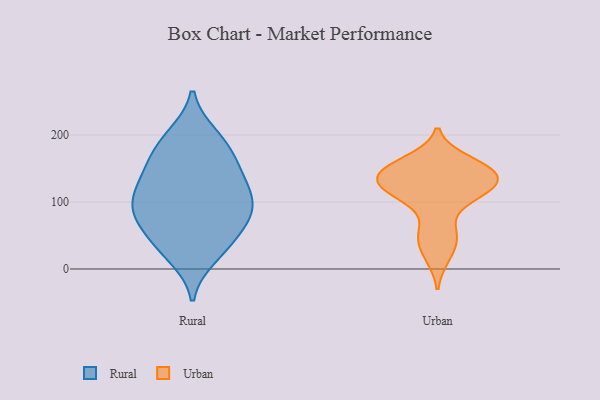
{"axis": {"x": "Website Visitors", "y": "Value"}, "legend": ["Rural", "Urban"], "data": [{"x": "", "y": 95, "type": "Rural"}, {"x": "", "y": 122, "type": "Rural"}, {"x": "", "y": 34, "type": "Rural"}, {"x": "", "y": 196, "type": "Rural"}, {"x": "", "y": 106, "type": "Rural"}, {"x": "", "y": 19, "type": "Rural"}, {"x": "", "y": 57, "type": "Rural"}, {"x": "", "y": 178, "type": "Rural"}, {"x": "", "y": 165, "type": "Rural"}, {"x": "", "y": 73, "type": "Rural"}, {"x": "", "y": 199, "type": "Rural"}, {"x": "", "y": 80, "type": "Rural"}, {"x": "", "y": 144, "type": "Rural"}, {"x": "", "y": 94, "type": "Rural"}, {"x": "", "y": 124, "type": "Rural"}, {"x": "", "y": 148, "type": "Rural"}, {"x": "", "y": 83, "type": "Rural"}, {"x": "", "y": 32, "type": "Rural"}, {"x": "", "y": 117, "type": "Urban"}, {"x": "", "y": 114, "type": "Urban"}, {"x": "", "y": 145, "type": "Urban"}, {"x": "", "y": 144, "type": "Urban"}, {"x": "", "y": 161, "type": "Urban"}, {"x": "", "y": 107, "type": "Urban"}, {"x": "", "y": 149, "type": "Urban"}, {"x": "", "y": 49, "type": "Urban"}, {"x": "", "y": 147, "type": "Urban"}, {"x": "", "y": 125, "type": "Urban"}, {"x": "", "y": 53, "type": "Urban"}, {"x": "", "y": 129, "type": "Urban"}, {"x": "", "y": 19, "type": "Urban"}]}